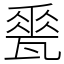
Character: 𪼽